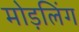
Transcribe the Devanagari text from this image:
मोड़लिंग